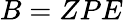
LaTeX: B=ZPE